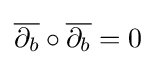
{\overline {\partial _{b}}}\circ {\overline {\partial _{b}}}=0